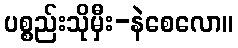
ပစ္စည်းသိုမှီး-နဲစေလော။